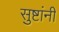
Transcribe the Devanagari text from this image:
सुष्टांनी